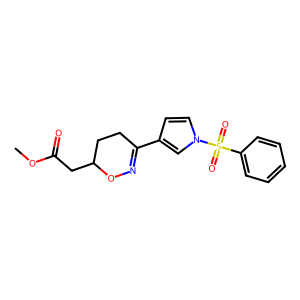
SMILES: COC(=O)CC1CCC(c2ccn(S(=O)(=O)c3ccccc3)c2)=NO1
Inhibits HIV replication: No